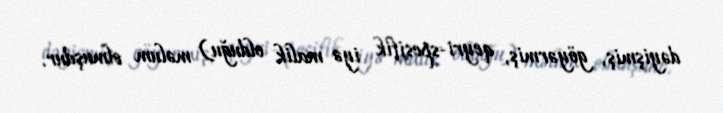
dəyişmiş, göyərmiş, qeyri-spesifik iyə malik olduğu) məlum olmuşdur.